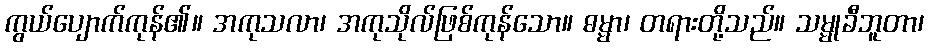
ကွယ်ပျောက်ကုန်၏။ အကုသလာ၊ အကုသိုလ်ဖြစ်ကုန်သော။ ဓမ္မာ၊ တရားတို့သည်။ သမ္မုခီဘူတာ၊